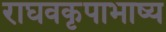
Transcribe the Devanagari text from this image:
राघवकृपाभाष्य